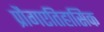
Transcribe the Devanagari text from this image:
प्रौगएतिहासिक